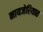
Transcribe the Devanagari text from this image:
नायजेरियात